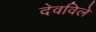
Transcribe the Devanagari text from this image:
देवविले